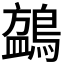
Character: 𬷧